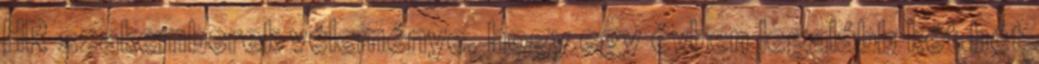
HR szakemberek véleménye, hogy egy évben legalább két hét